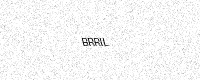
Text: BRRIL